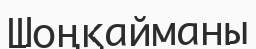
Шоңқайманы